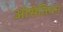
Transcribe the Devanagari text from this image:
ओसेतियन